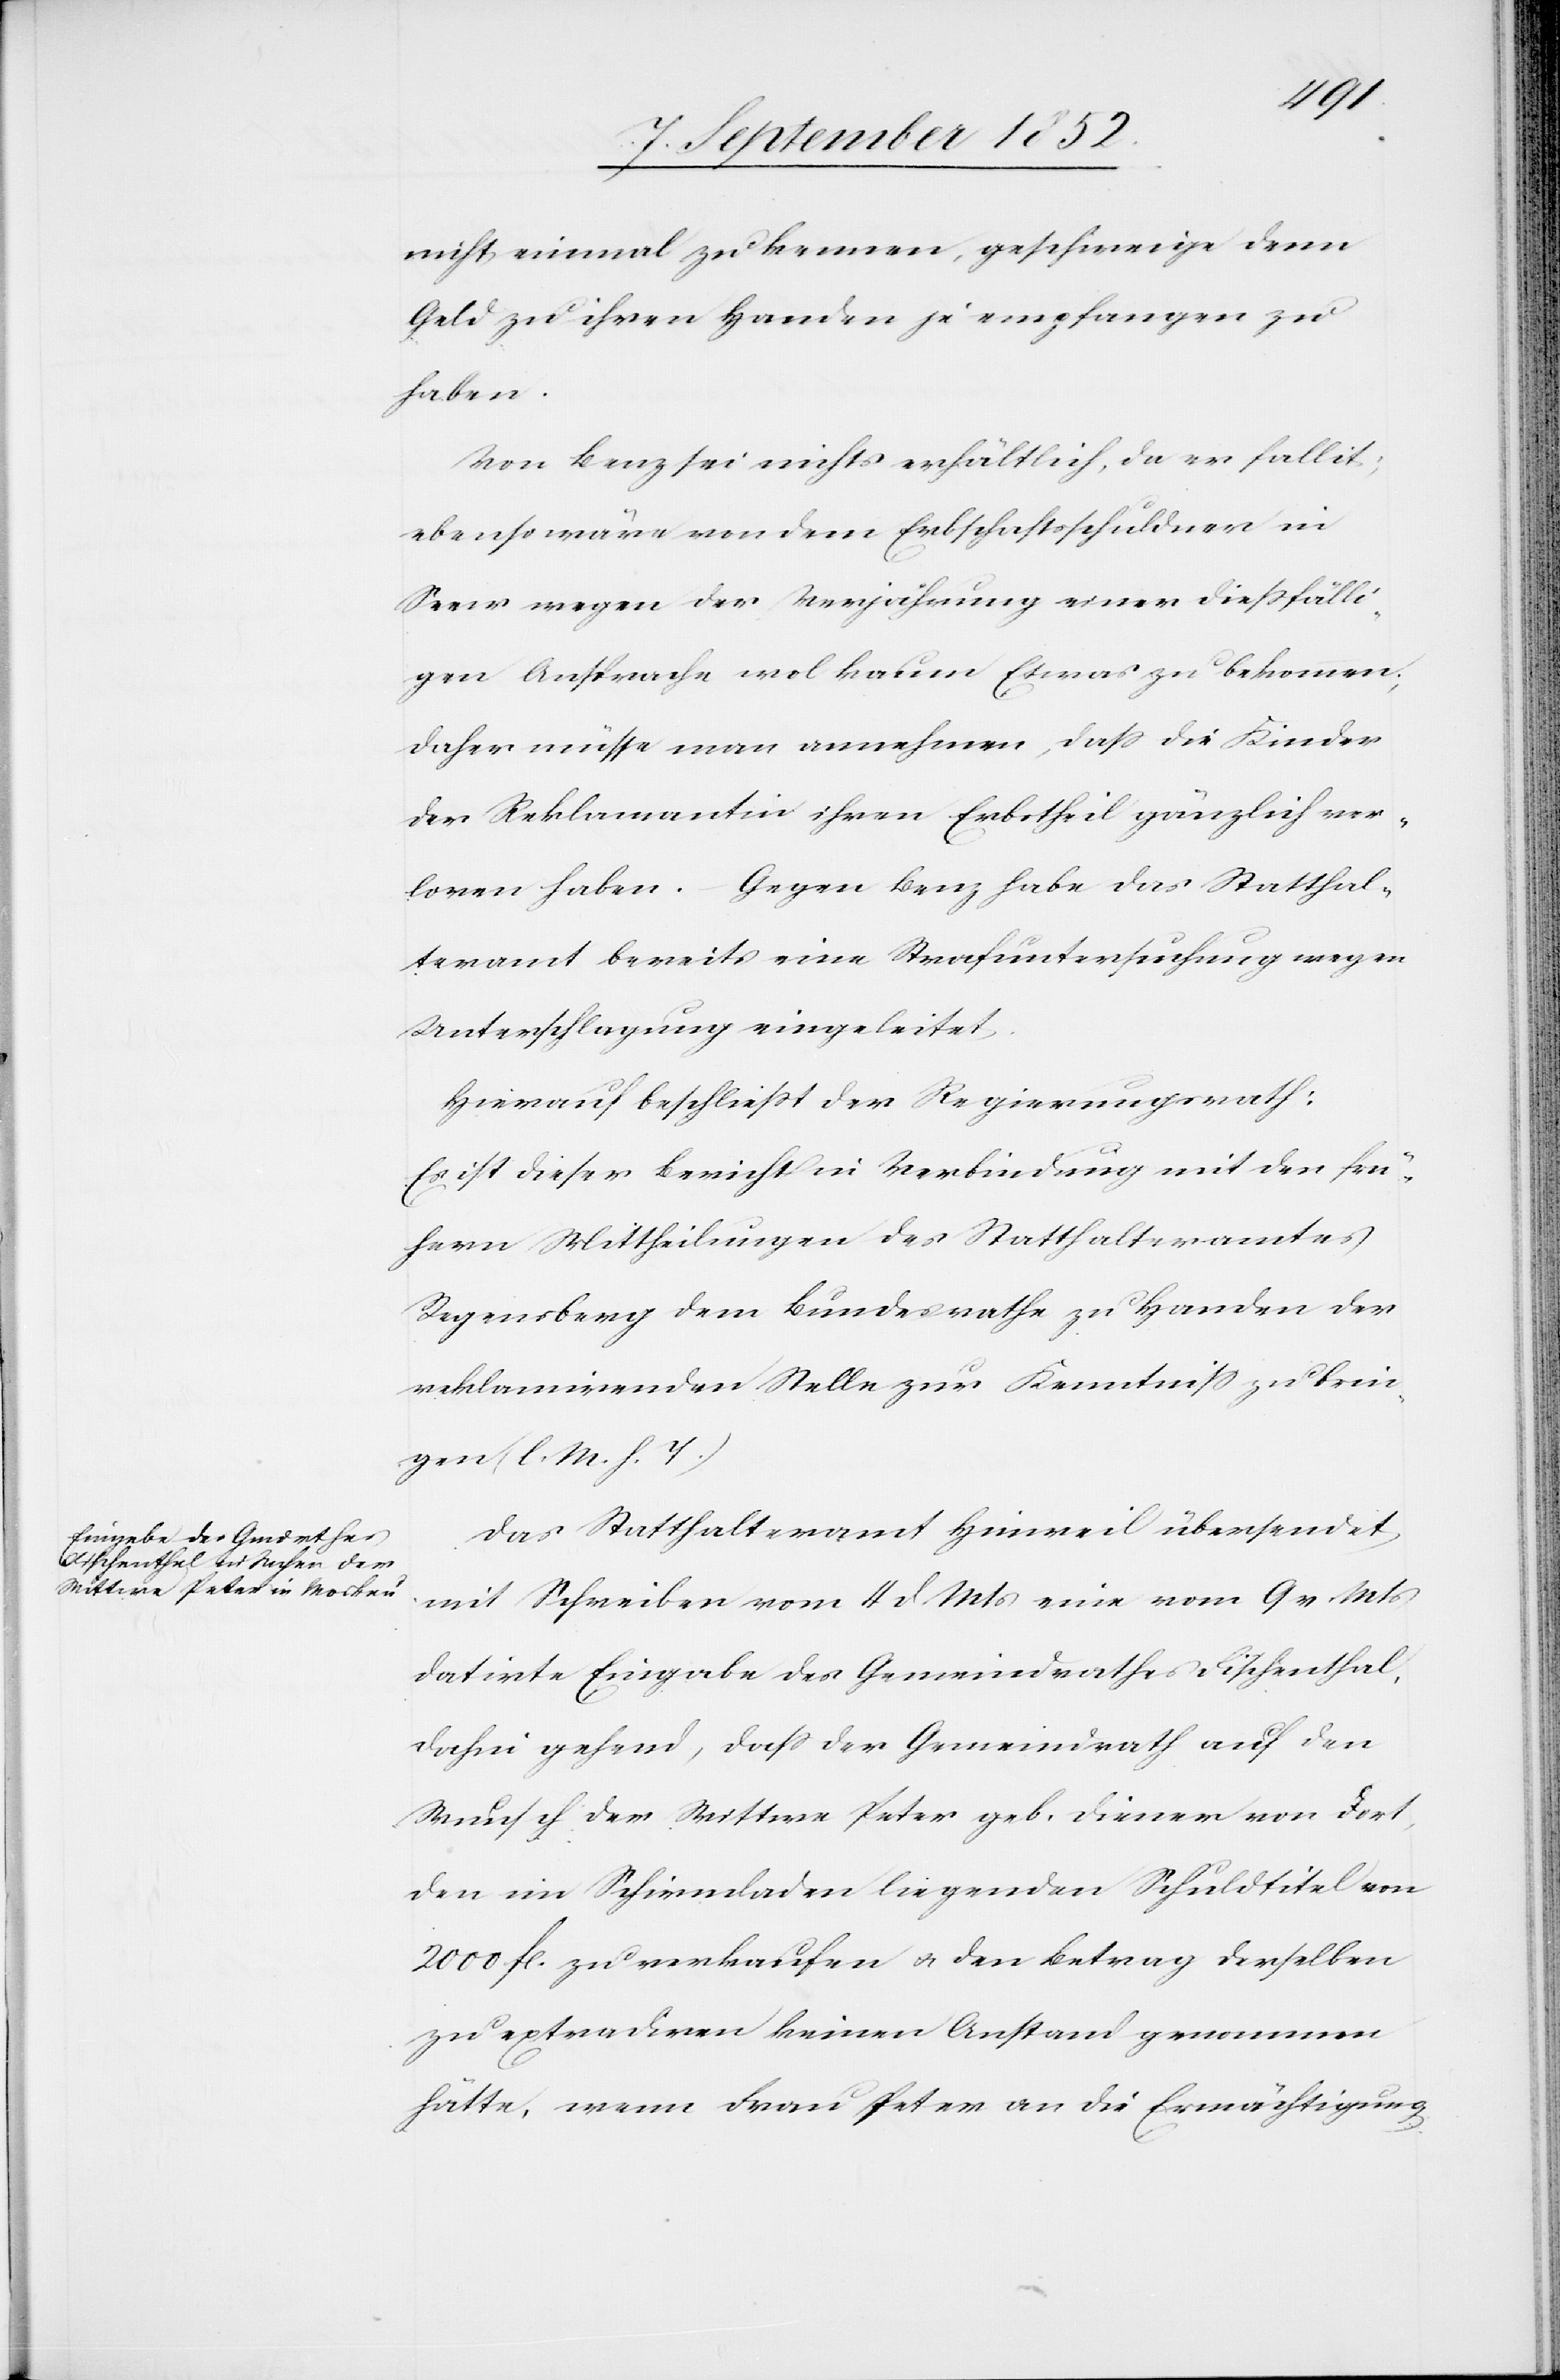
nicht einmal zu kennen, geschweige denn
Geld zu ihren Handen je empfangen zu
haben.
Von Benz sei nichts erhältlich, da er fallit;
ebenso wäre von dem Erbschaftsschuldner in
Seew wegen der Verjährung einer diessfälli¬
gen Ansprache wol kaum Etwas zu bekommen;
daher müsse man annehmen, dass die Kinder
der Reklamantin ihren Erbstheil gänzlich ver¬
loren haben. – Gegen Benz habe das Statthal¬
teramt bereits eine Strafuntersuchung wegen
Unterschlagung eingeleitet.
Hierauf beschließt der Regierungsrath:
Es ist dieser Bericht in Verbindung mit den frü¬
hern Mittheilungen des Statthalteramtes
Regensberg dem Bundesrathe zu Handen der
reklamirenden Stelle zur Kenntniss zu brin¬
gen (l. M. h. T.)
Das Statthalteramt Hinweil übersendet
mit Schreiben vom 4 d. Mts eine vom 9 v. Mts
datirte Eingabe des Gemeindrathes Fischenthal,
dahin gehend, dass der Gemeindrath auf den
Wunsch der Wittwe Peter geb. Diener von dort,
den im Schirmladen liegenden Schuldtitel von
2000 fl. zu verkaufen & den Betrag derselben
zu extradiren keinen Anstand genommen
hätte, wenn Frau Peter an die Ermächtigung